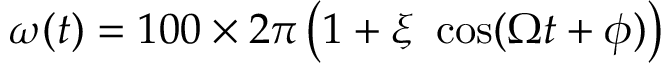
\omega ( t ) = 1 0 0 \times 2 \pi \left( 1 + \xi \ \cos ( \Omega t + \phi ) \right)